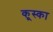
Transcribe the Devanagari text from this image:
कूस्का